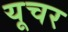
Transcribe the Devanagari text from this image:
यूचर